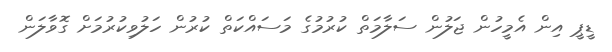
ޑީޕީ އިން އެމީހުން ޖަލުން ސަލާމަތް ކުރުމުގެ މަސައްކަތް ކުރުން ހަލުވިކުރުމަށް ގޮވާލަން